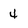
Character: 4